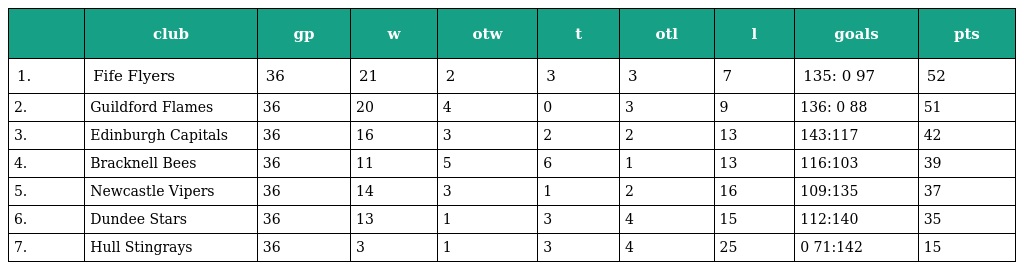
|  | club | gp | w | otw | t | otl | l | goals | pts |
 | --- | --- | --- | --- | --- | --- | --- | --- | --- | --- |
 | 1. | Fife Flyers | 36 | 21 | 2 | 3 | 3 | 7 | 135: 0 97 | 52 |
 | 2. | Guildford Flames | 36 | 20 | 4 | 0 | 3 | 9 | 136: 0 88 | 51 |
 | 3. | Edinburgh Capitals | 36 | 16 | 3 | 2 | 2 | 13 | 143:117 | 42 |
 | 4. | Bracknell Bees | 36 | 11 | 5 | 6 | 1 | 13 | 116:103 | 39 |
 | 5. | Newcastle Vipers | 36 | 14 | 3 | 1 | 2 | 16 | 109:135 | 37 |
 | 6. | Dundee Stars | 36 | 13 | 1 | 3 | 4 | 15 | 112:140 | 35 |
 | 7. | Hull Stingrays | 36 | 3 | 1 | 3 | 4 | 25 | 0 71:142 | 15 |